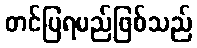
တင်ပြရမည်ဖြစ်သည်